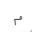
Letter: _mim